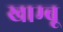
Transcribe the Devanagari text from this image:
खाम्बू